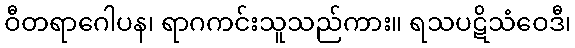
ဝီတရာဂေါပန၊ ရာဂကင်းသူသည်ကား။ ရသပဋိသံဝေဒီ၊